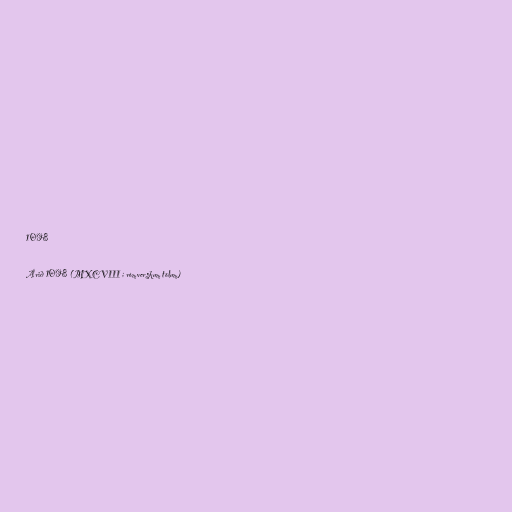
1098

Árið 1098 (MXCVIII í rómverskum tölum)